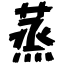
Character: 蒸